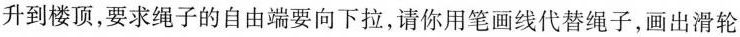
升到楼顶，要求绳子的自由端要向下拉，请你用笔画线代替绳子，画出滑轮